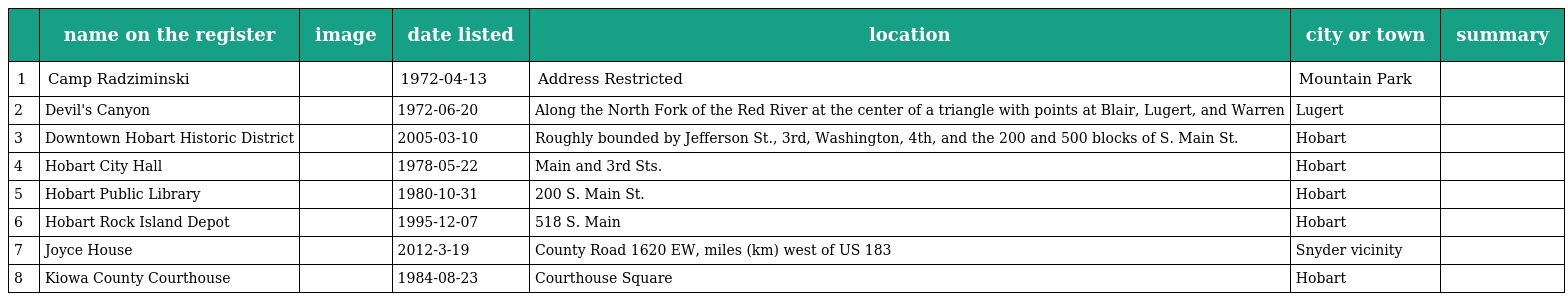
|  | name on the register | image | date listed | location | city or town | summary |
 | --- | --- | --- | --- | --- | --- | --- |
 | 1 | Camp Radziminski |  | 1972-04-13 | Address Restricted | Mountain Park |  |
 | 2 | Devil's Canyon |  | 1972-06-20 | Along the North Fork of the Red River at the center of a triangle with points at Blair, Lugert, and Warren | Lugert |  |
 | 3 | Downtown Hobart Historic District |  | 2005-03-10 | Roughly bounded by Jefferson St., 3rd, Washington, 4th, and the 200 and 500 blocks of S. Main St. | Hobart |  |
 | 4 | Hobart City Hall |  | 1978-05-22 | Main and 3rd Sts. | Hobart |  |
 | 5 | Hobart Public Library |  | 1980-10-31 | 200 S. Main St. | Hobart |  |
 | 6 | Hobart Rock Island Depot |  | 1995-12-07 | 518 S. Main | Hobart |  |
 | 7 | Joyce House |  | 2012-3-19 | County Road 1620 EW, miles (km) west of US 183 | Snyder vicinity |  |
 | 8 | Kiowa County Courthouse |  | 1984-08-23 | Courthouse Square | Hobart |  |